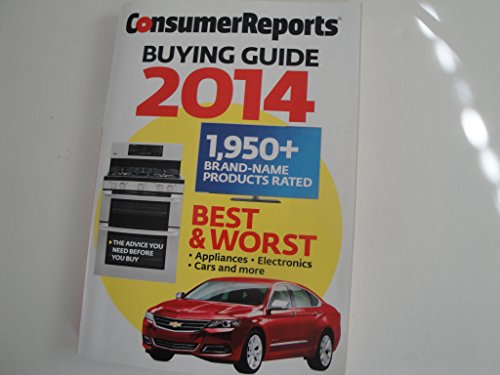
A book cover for Consumer Reports Buying Guide 2014; Editors of CR; Reference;